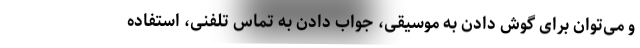
و می‌توان برای گوش دادن به موسیقی، جواب دادن به تماس تلفنی، استفاده